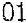
01